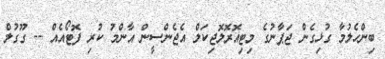
ބިންހެލުމާ ގުޅިގެން ޖަޕާނުގެ މިޓިއޮރޮލޮޖިކަލް އެޖެންސީން އާންމު ކުރި ފޮޓޯއެއް -- ގޫގުލް